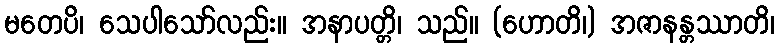
မတေပိ၊ သေပါသော်လည်း။ အနာပတ္တိ၊ သည်။ (ဟောတိ၊) အဇာနန္တဿာတိ၊